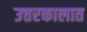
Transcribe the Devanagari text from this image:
उत्तरकालात